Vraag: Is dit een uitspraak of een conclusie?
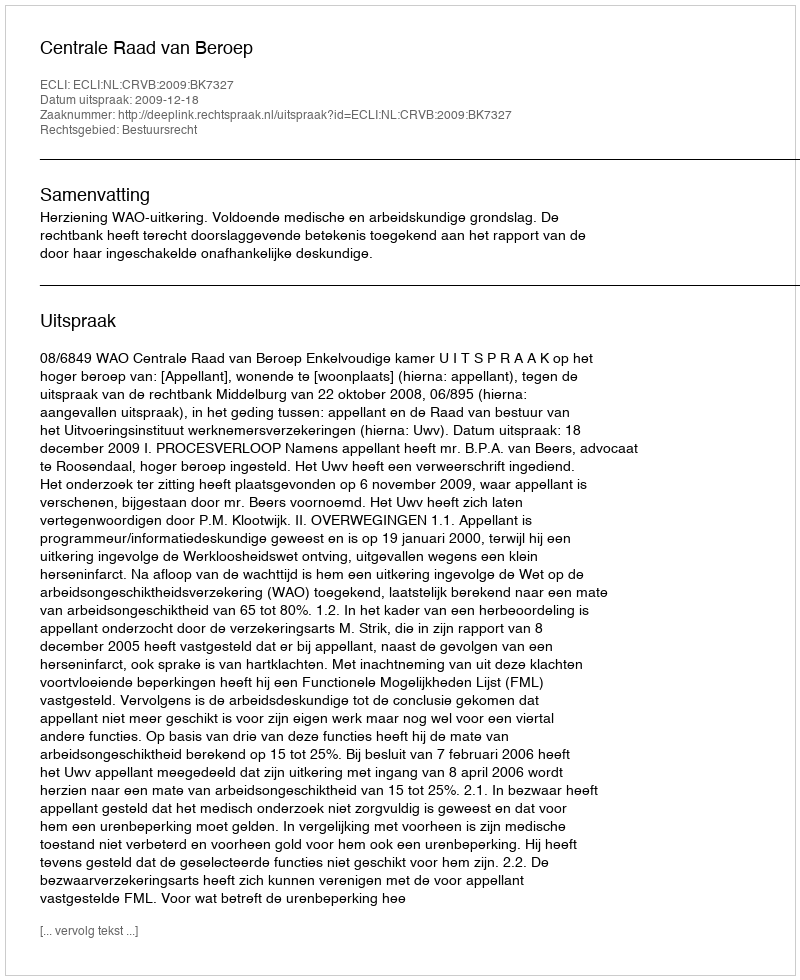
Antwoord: Uitspraak